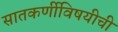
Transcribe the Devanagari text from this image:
सातकर्णीविषयीची